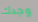
وجدك